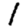
Digit: 1